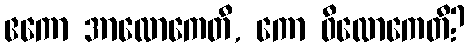
ဧကော အာလောကေတိ, ကော ဝိလောကေတိ?